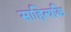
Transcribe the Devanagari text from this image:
साहित्यकि